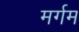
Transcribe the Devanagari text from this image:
मर्गम